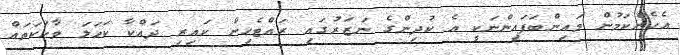
އެހެންކަމުން މައިންބަފައިންނަކީ އެ ކުދިންގެ ނަޒަރުގައި ރައްޓެހިން ކައިރި ދައްކާ ކަހަލަ ވާހަކަތައް